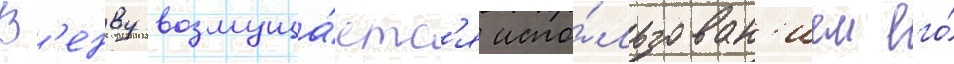
В'енву возмуща́етс'я испо́льзован'ием его́